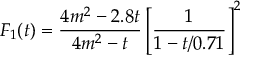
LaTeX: F _ { 1 } ( t ) = \frac { 4 m ^ { 2 } - 2 . 8 t } { 4 m ^ { 2 } - t } \left[ \frac { 1 } { 1 - t / 0 . 7 1 } \right] ^ { 2 }